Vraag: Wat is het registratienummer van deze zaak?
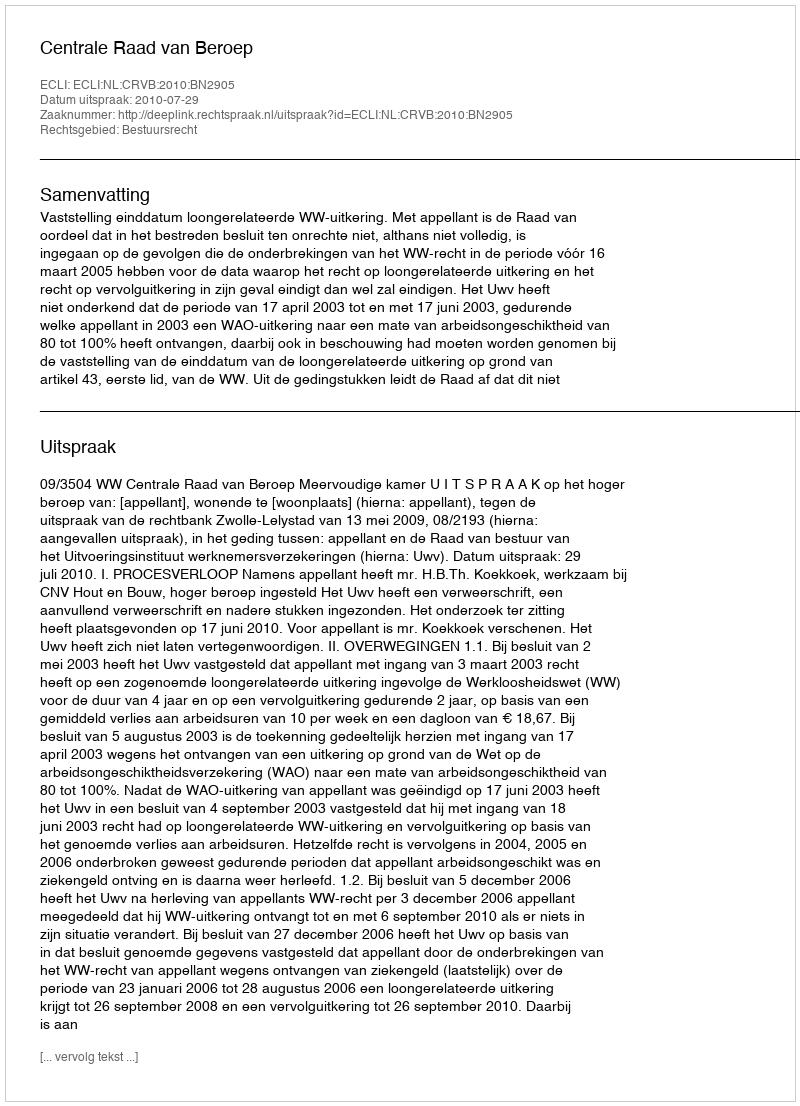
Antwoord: http://deeplink.rechtspraak.nl/uitspraak?id=ECLI:NL:CRVB:2010:BN2905